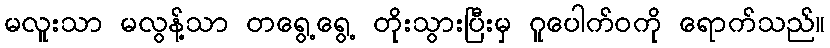
မလူးသာ မလွန့်သာ တရွေ့ရွေ့ တိုးသွားပြီးမှ ဂူပေါက်ဝကို ရောက်သည်။